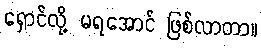
ရှောင်လို့ မရအောင် ဖြစ်လာတာ။